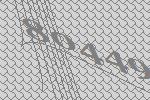
80449